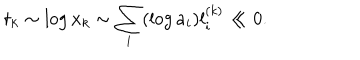
t _ { k } \sim \log x _ { k } \sim \sum _ { i } ( \log a _ { i } ) l _ { i } ^ { ( k ) } \ll 0 .